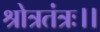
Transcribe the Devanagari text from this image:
श्रोत्रतंत्रः।।